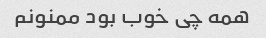
همه چی خوب بود ممنونم